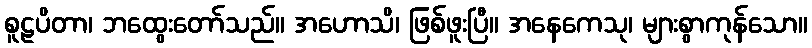
စူဠပိတာ၊ ဘထွေးတော်သည်။ အဟောသိ၊ ဖြစ်ဖူးပြီ။ အနေကေသု၊ များစွာကုန်သော။